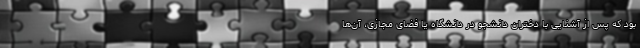
بود که پس از آشنایی با دختران دانشجو در دانشگاه یا فضای مجازی، آن‌ها